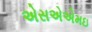
એસએએમઇ